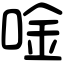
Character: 唫